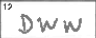
Transcription: DWW